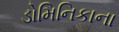
ડોમિનિકાના